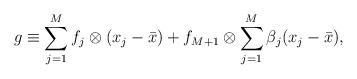
LaTeX: \begin{align*}g\equiv \sum_{j=1}^{M} f_j\otimes (x_j - \bar x) +f_{M+1}\otimes\sum_{j=1}^M\beta_j (x_j-\bar x) ,\end{align*}